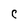
Character: c